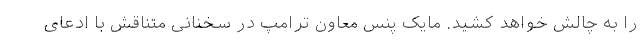
را به چالش خواهد کشید. مایک پنس معاون ترامپ در سخنانی متناقش با ادعای